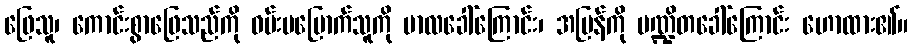
ဖြေသူ၊ ကောင်းစွာဖြေသည်ကို ဝမ်းမမြောက်သူကို ဗာလခေါ်ကြောင်း၊ အပြန်ကို ပဏ္ဍိတခေါ်ကြောင်း ဟောထား၏။